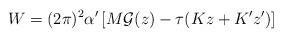
LaTeX: \begin{align*}W= (2\pi)^2\alpha'\left[M{\cal G}(z) - \tau(K z + K' z') \right]\end{align*}